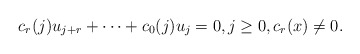
\begin{align*} c_r(j) u_{j+r} + \dots + c_0(j) u_{j} = 0 , j \geq 0, c_r(x) \neq 0.\end{align*}